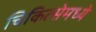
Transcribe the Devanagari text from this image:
चिकित्सेमध्ये